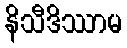
နိသီဒိဿာမ